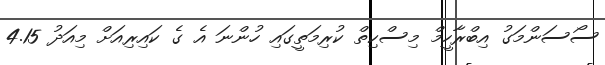
ސޯސަންމަގު އިބްރާހީމް މިސްކިތް ކުރިމަތީގައި ހުންނަ އެ ގެ ކައިރިއަށް މިއަދު 4.15